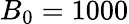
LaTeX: B_{0}=1000